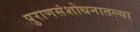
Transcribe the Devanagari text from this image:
पुराणसंशोधनातल्या